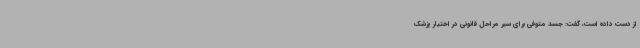
از دست داده است، گفت: جسد متوفی برای سیر مراحل قانونی در اختیار پزشک